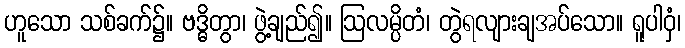
ဟူသော သစ်ခက်၌။ ဗဒ္ဓိတွာ၊ ဖွဲ့ချည်၍။ ဩလမ္ပိတံ၊ တွဲရလျားချအပ်သော။ ရူပါဝှံ၊